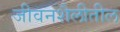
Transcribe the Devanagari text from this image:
जीवनशैलीतील